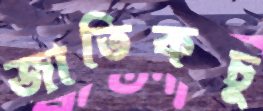
জাতিকচু